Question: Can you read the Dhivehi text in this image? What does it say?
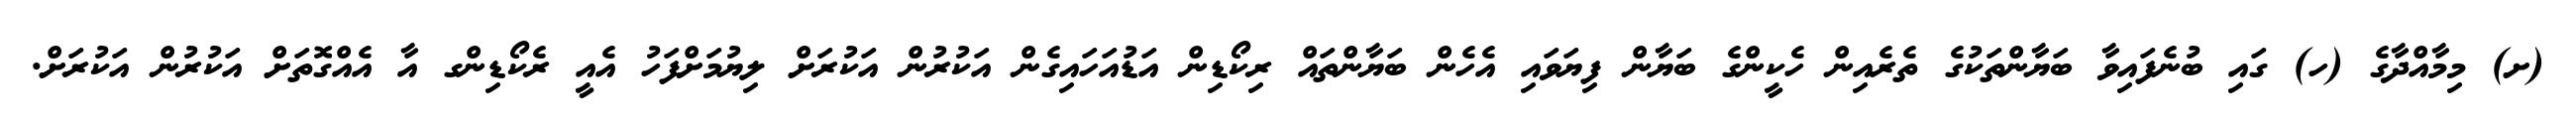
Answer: (ށ) މިމާއްދާގެ (ހ) ގައި ބުނެފައިވާ ބަޔާންތަކުގެ ތެރެއިން ހެކީންގެ ބަޔާން ފިޔަވައި އެހެން ބަޔާންތައް ރިކޯޑިން އަޑުއަހައިގެން އަކުރުން އަކުރަށް ލިޔުމަށްފަހު އެއީ ރެކޯޑިންގ އާ އެއްގޮތަށް އަކުރުން އަކުރަށް.